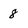
Character: 8